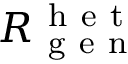
R _ { \mathrm { ~ g ~ e ~ n ~ } } ^ { \mathrm { ~ h ~ e ~ t ~ } }